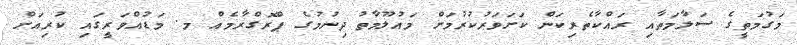
މަގުމަތީގެ ސަލާމަތާއި ރައްކާތެރިކަން ކަށަވަރުކުރުމަށް މައުލޫމާތު ދިނުމުގެ ޕްރޮގްރާމެއް މ. މަޑުއްވަރީގައި ކުރިއަށް